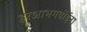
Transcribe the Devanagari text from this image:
हरआभगवोईना